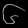
Digit: ၆